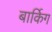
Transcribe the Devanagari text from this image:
बार्किग